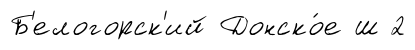
Б'елогорск'ий Донско́е ш 2